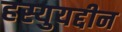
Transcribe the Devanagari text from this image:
हस्युयद्दीन